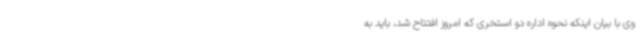
وی با بیان اینکه نحوه اداره دو استخری که امروز افتتاح شد، باید به